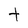
Character: t